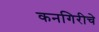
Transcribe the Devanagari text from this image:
कनगिरीचे